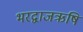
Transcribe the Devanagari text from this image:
भरद्वाजऋषि